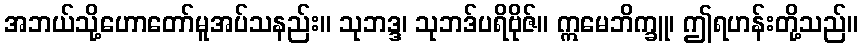
အဘယ်သို့ဟောတော်မူအပ်သနည်း။ သုဘဒ္ဒ၊ သုဘဒ်ပရိဗိုဇ်။ ဣမေဘိက္ခူ၊ ဤရဟန်းတို့သည်။